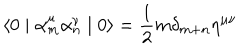
\langle 0 \mid { \alpha } _ { m } ^ { \mu } { \alpha } _ { n } ^ { \nu } \mid 0 \rangle = \frac { 1 } { 2 } m { \delta } _ { m + n } { \eta } ^ { \mu \nu }